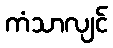
ကံသာလျင်